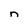
Character: n